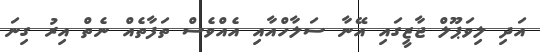
އަދި ލިވަޕޫލް ޖާޒީގައި އޭނާ ސަލާހްއާއި އެއްވެސް ތަފާތެއް ނެތް އިރު ގިނަ